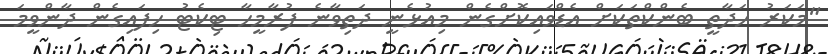
"މަކަރު ހަދާތީ ބެންކްތަކަށް އެޑްވައިކޮށްގެން މިއުޅެނީ ދަތިވާނެ ފުރާމީހާ ޓިކެޓު ހިފައިގެން ދާންވީމަ